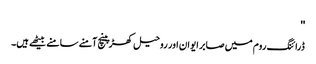
''
ڈرائنگ روم میں صابر ایوان اور روحیل کھڑپینچ آمنے سامنے بیٹھے ہیں۔